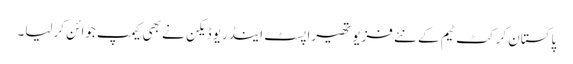
پاکستان کرکٹ ٹیم کے نئے فزیو تھیراپسٹ اینڈریو ڈیکن نے بھی کیمپ جوائن کرلیا۔